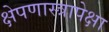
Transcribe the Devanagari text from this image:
क्षेपणास्त्रापेक्षा